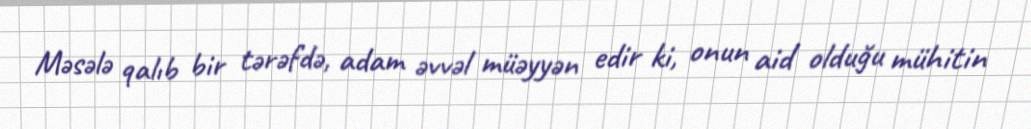
Məsələ qalıb bir tərəfdə, adam əvvəl müəyyən edir ki, onun aid olduğu mühitin